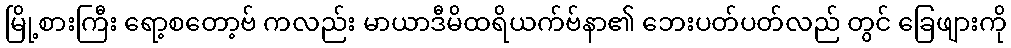
မြို့စားကြီး ရော့စတော့ဗ် ကလည်း မာယာဒီမိထရိယက်ဗ်နာ၏ ဘေးပတ်ပတ်လည် တွင် ခြေဖျားကို